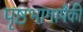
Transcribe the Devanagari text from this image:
पृष्ठभागापैकी